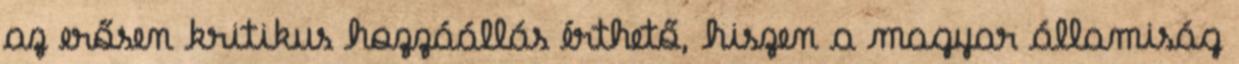
az erősen kritikus hozzáállás érthető, hiszen a magyar államiság